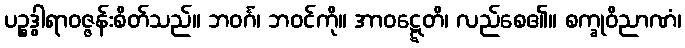
ပဉ္စဒွါရာဝဇ္ဇန်းစိတ်သည်။ ဘဝင်္ဂံ၊ ဘဝင်ကို။ အာဝဋ္ဋေတိ၊ လည်စေ၏။ စက္ခုဝိညာဏံ၊